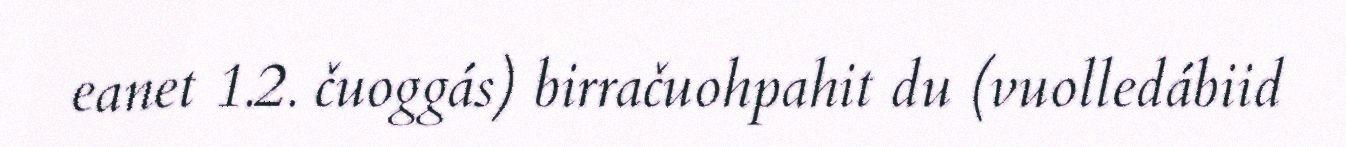
eanet 1.2. čuoggás) birračuohpahit du (vuolledábiid